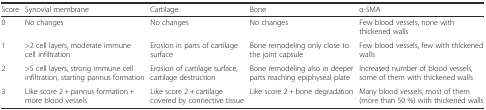
| Score | Synovial membrane | Cartilage | Bone | α-SMA |
 | --- | --- | --- | --- | --- |
 | 0 | No changes | No changes | No changes | Few blood vessels, none with thickened walls |
 | 1 | >2 cell layers, moderate immune cell infiltration | Erosion in parts of cartilage surface | Bone remodeling only close to the joint capsule | Few blood vessels, few with thickened walls |
 | 2 | >5 cell layers, strong immune cell infiltration, starting pannus formation | Erosion of cartilage surface, cartilage destruction | Bone remodeling also in deeper parts reaching epiphyseal plate | Increased number of blood vessels, some of them with thickened walls |
 | 3 | Like score 2 + pannus formation + more blood vessels | Like score 2 + cartilage covered by connective tissue | Like score 2 + bone degradation | Many blood vessels, most of them (more than 50 %) with thickened walls |